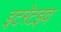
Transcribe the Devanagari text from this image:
इटरेटइव